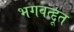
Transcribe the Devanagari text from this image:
भगवत्द्दूत